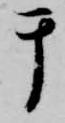
テ